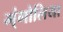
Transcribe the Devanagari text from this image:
म्ंगोलिया